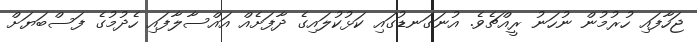
ޖަހާފައި ހުރުމުން ނުހަނު ރީއްޗެވެ. އުނަގަނޑުގައި ކަޅުކުލައިގެ ދާފަށެއް އައްސާލާފައި ހެދުމުގެ ފަސްބަޔަށް